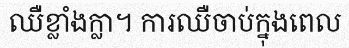
ឈឺខ្លាំងក្លា។ ការឈឺចាប់ក្នុងពេល